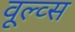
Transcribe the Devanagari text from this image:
वूल्व्स